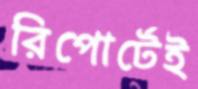
রিপোর্টেই